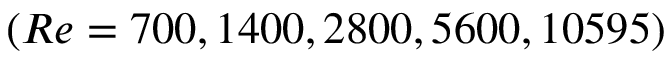
( R e = 7 0 0 , 1 4 0 0 , 2 8 0 0 , 5 6 0 0 , 1 0 5 9 5 )